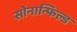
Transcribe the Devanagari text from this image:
सोनान्फिल्ड